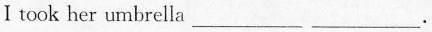
I took her umbrella ___ ___.